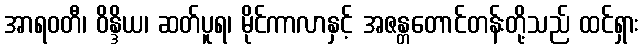
အာရဝတီ၊ ဝိန္ဒိယ၊ ဆတ်ပူရ၊ မိုင်ကာလာနှင့် အဇန္တတောင်တန်းတို့သည် ထင်ရှား